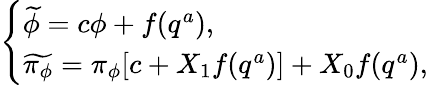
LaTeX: \left\{ \begin{array}{l}{{\widetilde{\phi}=c\phi+f(q^{a}),}}\\ {{\widetilde{\pi_{\phi}}=\pi_{\phi}[c+X_{1}f(q^{a})]+X_{0}f(q^{a}),}}\end{array}\right.